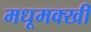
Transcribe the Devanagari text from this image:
मधूमक्खी